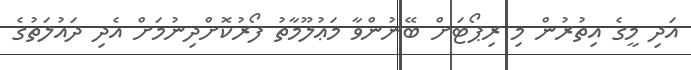
އަދި މީގެ އިތުރުން މި ރިޕޯޓަށް ބޭނުންވާ މަޢުލޫމާތު ފޯރުކޮށްދިނުމަށް އެދި ދައުލަތުގެ